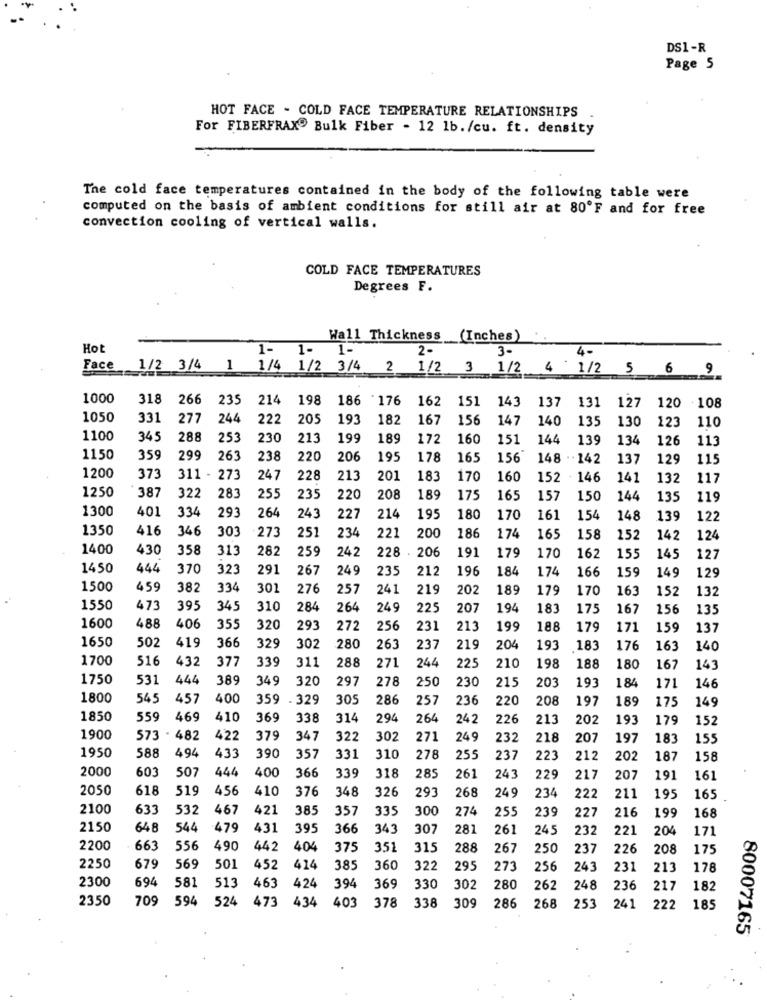
DS1 -R
Page 5
HOT FACE - COLD FACE TEMPERATURE RELATIONSHIPS
For FIBERFRAX® Bulk Fiber - 12 1b./cu. ft. density
The cold face temperatures contained in the body of the following table were
computed on the basis of ambient conditions for still air at 80ºF and for free
convection cooling of vertical walls.
COLD FACE TEMPERATURES
Degrees F.
Wall Thickness
(Inches)
Hot
1-
.
1-
2-
3-
4-
Face
1/2 3/4
1
1/4 1/2 3/4
2
1/2
3
1/2
4 1/2 5 6
9
1000
318
266
235
214
198
186 176
162
151
143
137
131
127
120 108
1050
331
277
244
222
205
193
182
167
156
147
140
135
130
123
110
1100
345
288
253
230
213
199
189
172
160
151
144
139
134
126
113
1150
359
299
263
238
220
206
195
178
165
156
148 . . 142
137
129
115
1200
373
311 - 273
247
228
213
201
183
170
160
152
146
141
132
117
1250
387
322
283
255
235
220
208
189
175
165
157
150
144
135
119
1300
334
401
293
264
243
227
214
195
180
170
161
154
148
139
122
1350
416
346
303
273
251
234
221
200
186
174
165
158
152
142
124
1400
430
358
313
282
259
242
228 - 206
191
179
170
162
155
145
127
1450
444
370
323
291
267
249
235
212
196
184
174
166
159
129
149
1500
459
382
33
301
276
257
241
219
202
189
179
170
16
152
132
1550
473
395
345
310
284
264
249
225
207
194
183
175
167
156
135
1600
488
406
355
320
293
272
256
231
213
199
188
179
171
159
137
1650
502
419
366
329
302
280
263
237
219
204
193
183
176
163
140
1700
516
432
377
339
311
288
271
244
22.
210
198
188
180
167
143
1750
531
444
389
349
320
297
278
250
230
215
203
193
184
171
146
1800
545
457
400
359
- 329
30
286
257
236
220
208
197
189
149
175
1850
559
469
410
369
338
314
294
264
242
226
213
202
193
179
152
1900
573
· 482
422
379
34
322
302
271
249
232
218
207
197
183
155
1950
588
49
433
390
357
331
310
278
255
237
223
212
202
187
158
2000
444
603
507
400
366
339
318
285
261
243
229
217
207
191
161
2050
618
519
456
410
376
348
326
293
268
249
234
222
211
195
165
2100
633
532
467
421
385
357
335
300
274
239
199
168
255
227
216
2150
648
544
479
431
395
366
343
307
281
261
245
232
221
204
171
2200
663
556
490
442
404
375
351
315
288
267
250
237
226
208
175
2250
679
569
501
452
414
385
360
322
295
273
25€
243
231
213
178
2300
694
424
369
581
513
463
394
330
302
280
262
248
236
217
182
2350
709
594
524
403
378 338
473
434
309 286
268
253
241
222
185
80007165